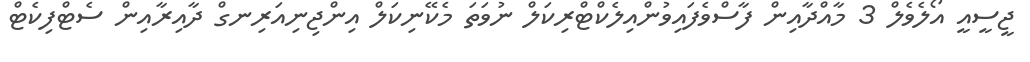
ޖީސީއީ އޯލެވެލް 3 މާއްދާއިން ފާސްވެފައިވުންއިލެކްޓްރިކަލް ނުވަތަ މެކޭނިކަލް އިންޖިނިއަރިނގް ދާއިރާއިން ސެޓްފިކެޓް